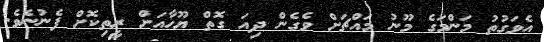
އެވަގުތު މަންމަގެ މޫނު މައްޗަށް ވެގެން ދިއަ ގޮތް ޔޫހާއަށް ރީތިކޮށް ފެނުނެވެ.